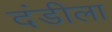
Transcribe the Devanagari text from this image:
दंडीला